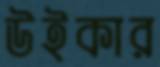
উইকার